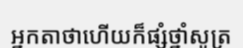
អ្នកតាថាហើយក៏ផ្សំថ្នាំសូត្រ